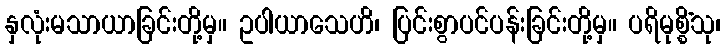
နှလုံးမသာယာခြင်းတို့မှ။ ဥပါယာသေဟိ၊ ပြင်းစွာပင်ပန်းခြင်းတို့မှ။ ပရိမုစ္စိံသု၊